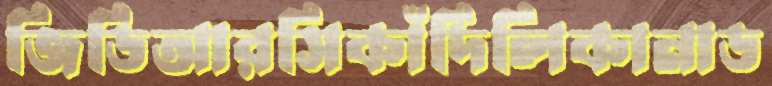
জিডিআরসিকাঁদিলিকানাড